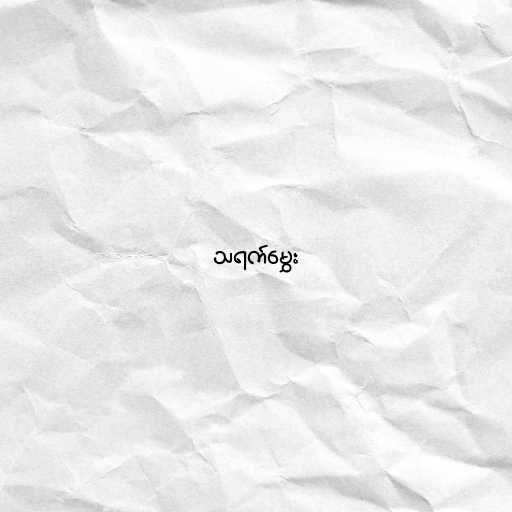
သရက်မွှေး